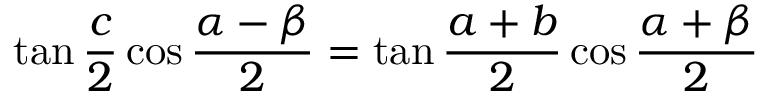
\tan { \frac { c } { 2 } } \cos { \frac { \alpha - \beta } { 2 } } = \tan { \frac { a + b } { 2 } } \cos { \frac { \alpha + \beta } { 2 } }